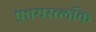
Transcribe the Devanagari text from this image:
फ़ायरब्लॉक